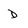
Character: d